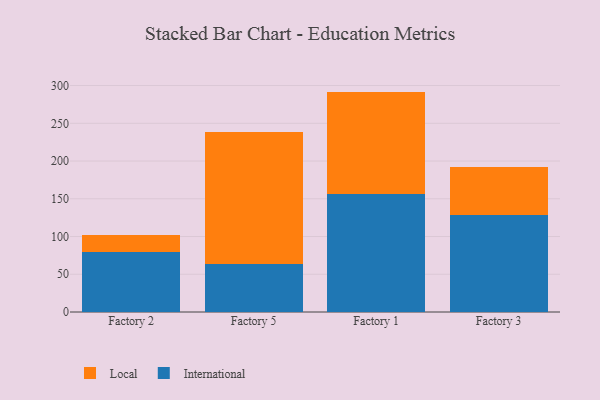
{"axis": {"x": "Factory", "y": "Page Views"}, "legend": ["International", "Local"], "data": [{"x": "Factory 2", "y": 79.5, "type": "International"}, {"x": "Factory 2", "y": 22.3, "type": "Local"}, {"x": "Factory 5", "y": 64.2, "type": "International"}, {"x": "Factory 5", "y": 174.6, "type": "Local"}, {"x": "Factory 1", "y": 156.9, "type": "International"}, {"x": "Factory 1", "y": 135.1, "type": "Local"}, {"x": "Factory 3", "y": 127.9, "type": "International"}, {"x": "Factory 3", "y": 64.1, "type": "Local"}]}